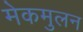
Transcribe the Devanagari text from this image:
मेकमुलन